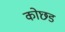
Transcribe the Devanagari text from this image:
कोछड